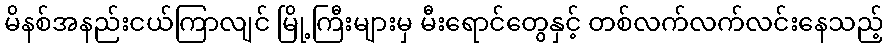
မိနစ်အနည်းငယ်ကြာလျင် မြို့ကြီးများမှ မီးရောင်တွေနှင့် တစ်လက်လက်လင်းနေသည့်